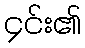
၄င်း၏